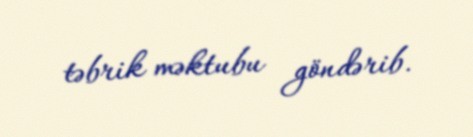
təbrik məktubu göndərib.